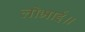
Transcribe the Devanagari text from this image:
लोभाई॥